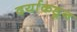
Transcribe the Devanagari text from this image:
दर्याकडून